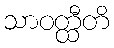
သာဝတ္ထီတိ